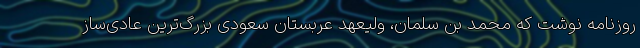
روزنامه نوشت که محمد بن سلمان، ولیعهد عربستان سعودی بزرگ‌ترین عادی‌ساز